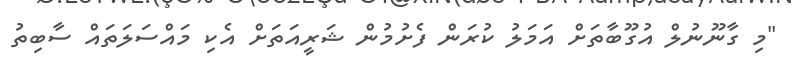
"މި ގާނޫނުލް އުގޫބާތަށް އަމަލު ކުރަން ފެށުމުން ޝަރީއަތަށް އެކި މައްސަލަތައް ސާބިތު